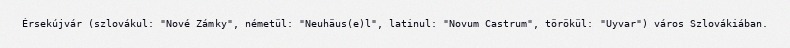
Érsekújvár (szlovákul: "Nové Zámky", németül: "Neuhäus(e)l", latinul: "Novum Castrum", törökül: "Uyvar") város Szlovákiában.